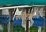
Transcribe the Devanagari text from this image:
परीक्षेपुढे